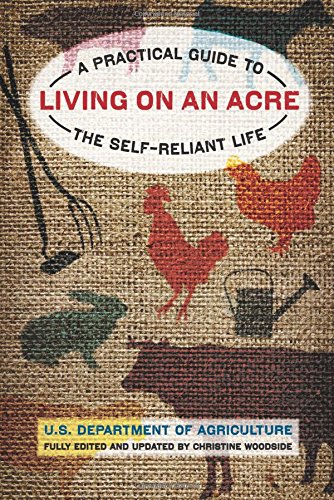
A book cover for Living on an Acre: A Practical Guide To The Self-Reliant Life; U.S. Department. of Agriculture; Science & Math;